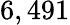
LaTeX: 6,491